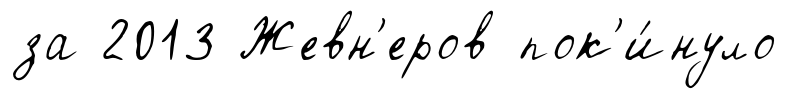
за 2013 Жевн'еров пок'и́нуло